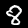
Digit: 8